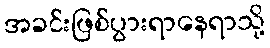
အခင်းဖြစ်ပွားရာနေရာသို့